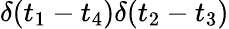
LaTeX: \delta(t_{1}-t_{4})\delta(t_{2}-t_{3})